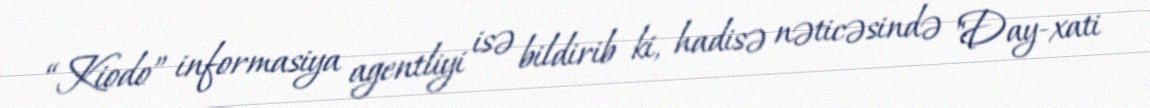
“Kiodo” informasiya agentliyi isə bildirib ki, hadisə nəticəsində "Day-xati